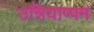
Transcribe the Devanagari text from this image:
उन्नियाप्पम